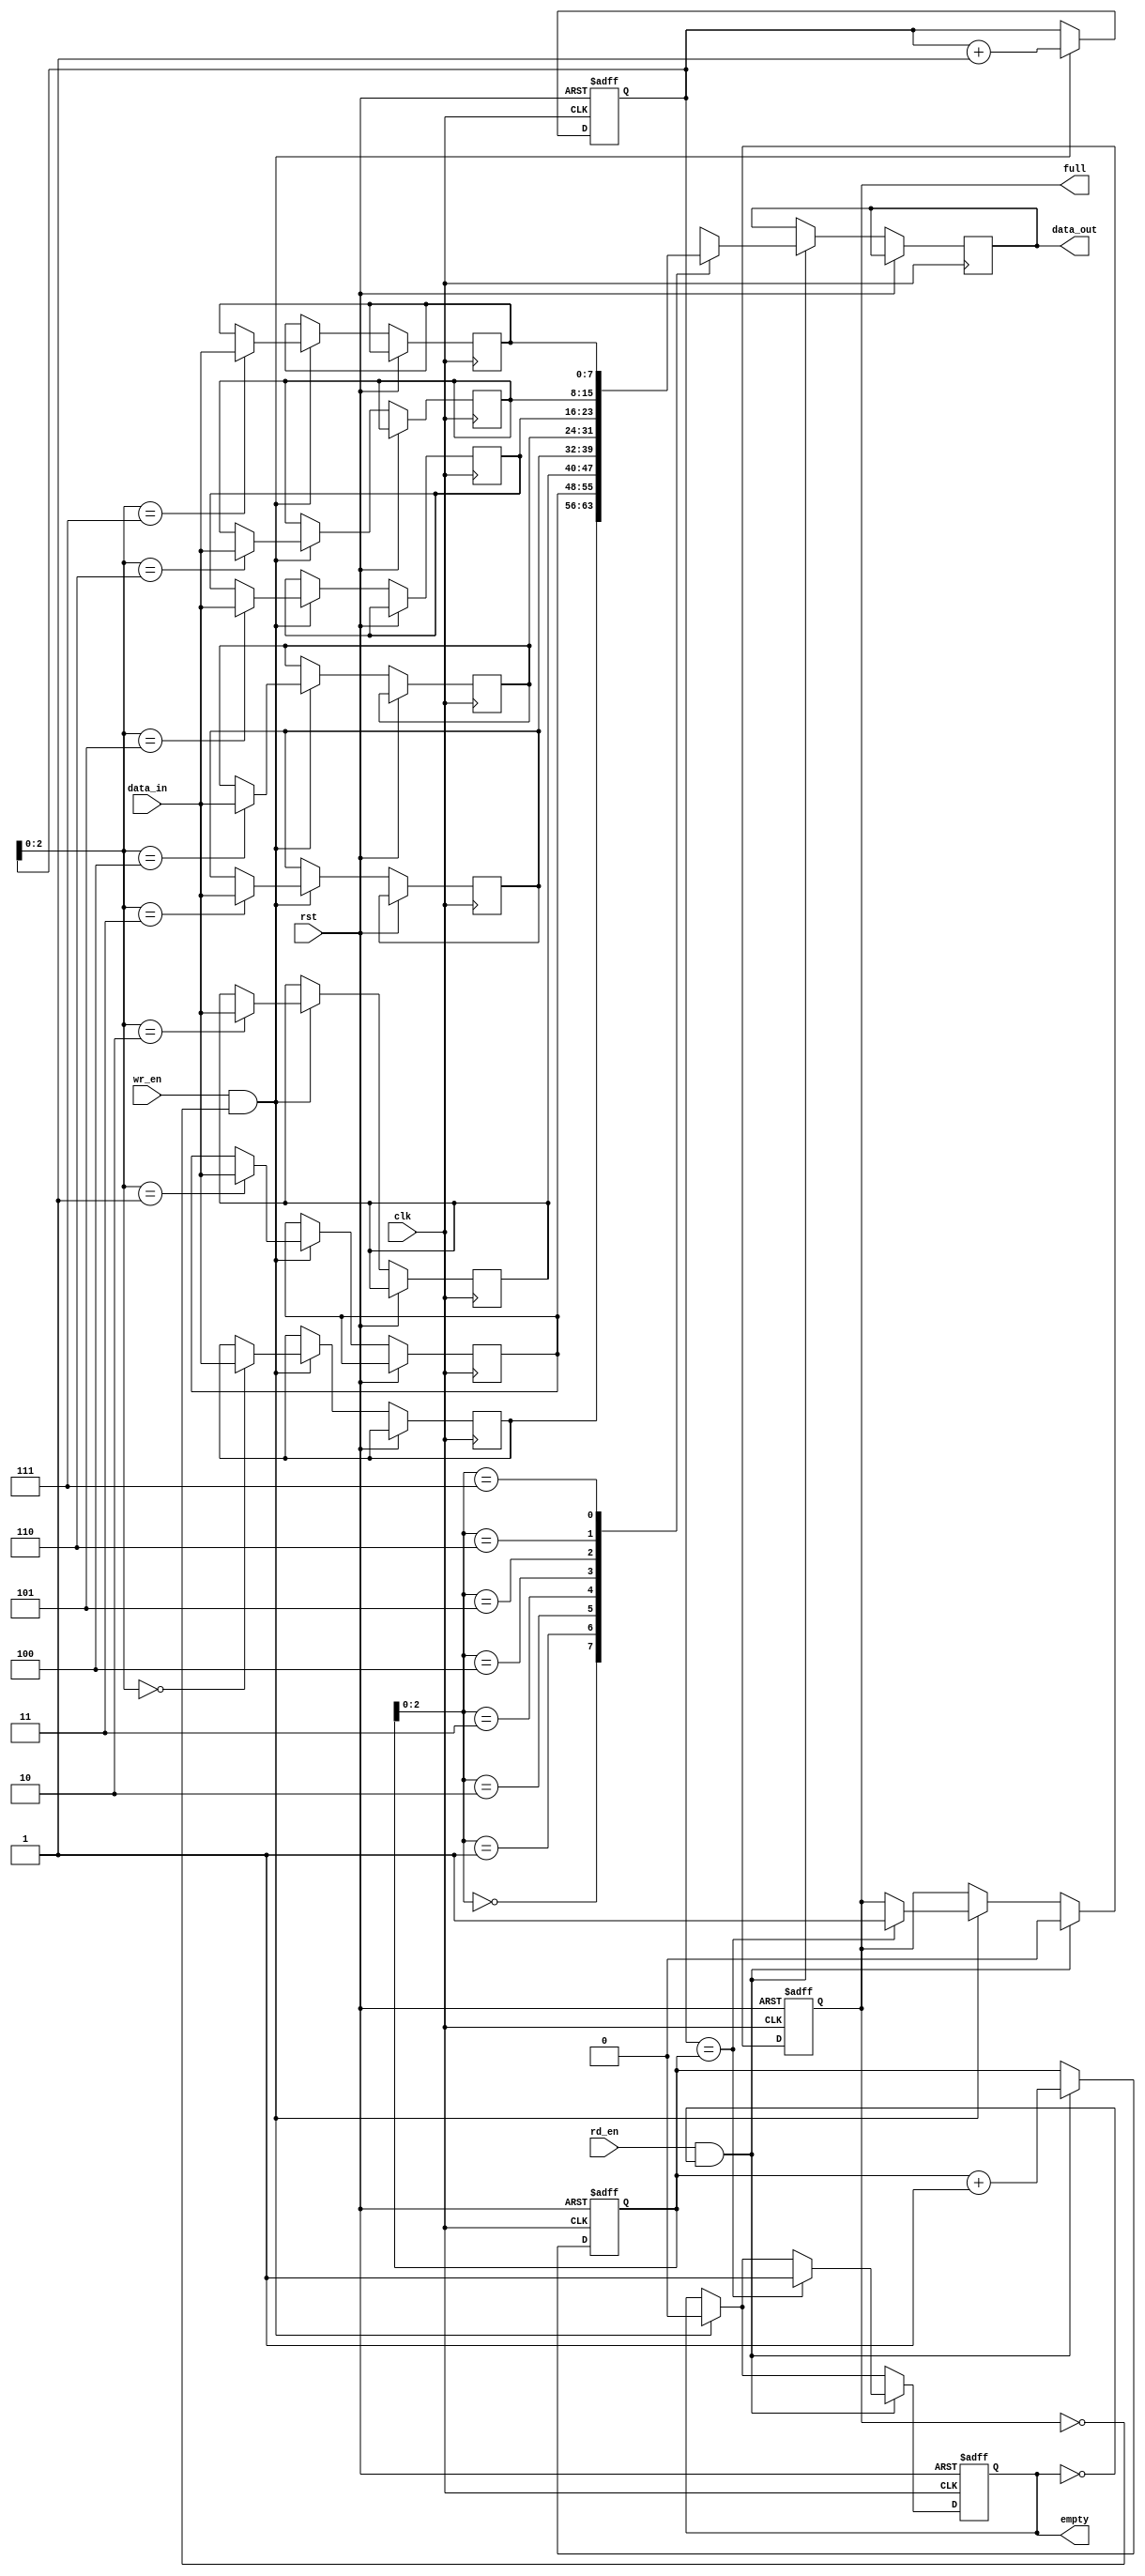
module bidirectional_fifo (
    input wire clk,
    input wire rst,
    input wire wr_en,
    input wire rd_en,
    input wire [DATA_WIDTH-1:0] data_in,
    output reg [DATA_WIDTH-1:0] data_out,
    output reg full,
    output reg empty
);

parameter DEPTH = 8;
parameter DATA_WIDTH = 8;

reg [DATA_WIDTH-1:0] memory [0:DEPTH-1];
reg [DEPTH-1:0] wr_ptr;
reg [DEPTH-1:0] rd_ptr;

always @(posedge clk or posedge rst) begin
    if (rst) begin
        wr_ptr <= 0;
        rd_ptr <= 0;
        full <= 0;
        empty <= 1;
    end else begin
        if (wr_en && !full) begin
            memory[wr_ptr] <= data_in;
            wr_ptr <= wr_ptr + 1;
            if (wr_ptr == rd_ptr) begin
                full <= 1;
            end
            empty <= 0;
        end
        
        if (rd_en && !empty) begin
            data_out <= memory[rd_ptr];
            rd_ptr <= rd_ptr + 1;
            if (wr_ptr == rd_ptr) begin
                empty <= 1;
            end
            full <= 0;
        end
    end
end

endmodule